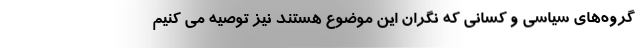
گروه‌های سیاسی و کسانی که نگران این موضوع هستند نیز توصیه می کنیم